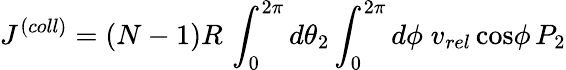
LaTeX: J^{(coll)}=(N-1)R\, \int_{0}^{2\pi}d\theta_{2}\int_{0}^{2\pi}d\phi\; v_{rel}\, \mathrm{cos}\phi\, P_{2}